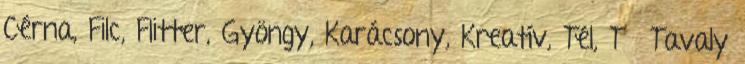
Cérna, Filc, Flitter, Gyöngy, Karácsony, Kreatív, Tél, Tű Tavaly